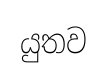
යුතව